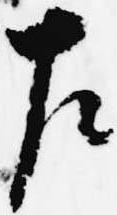
左